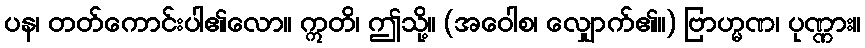
ပန၊ တတ်ကောင်းပါ၏လော။ ဣတိ၊ ဤသို့။ (အဝေါစ၊ လျှောက်၏။) ဗြာဟ္မဏ၊ ပုဏ္ဏား။